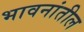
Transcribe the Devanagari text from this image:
भावनांतील